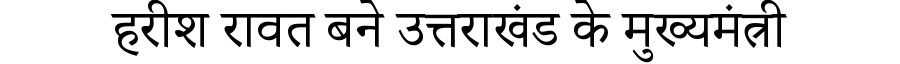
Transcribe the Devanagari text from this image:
हरीश रावत बने उत्तराखंड के मुख्यमंत्री